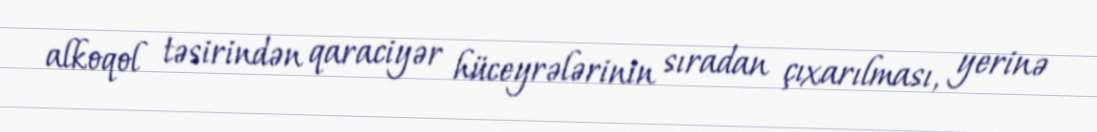
alkoqol təsirindən qaraciyər hüceyrələrinin sıradan çıxarılması, yerinə